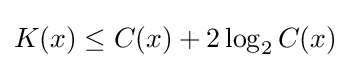
K(x)\leq C(x)+2\log _{2}C(x)